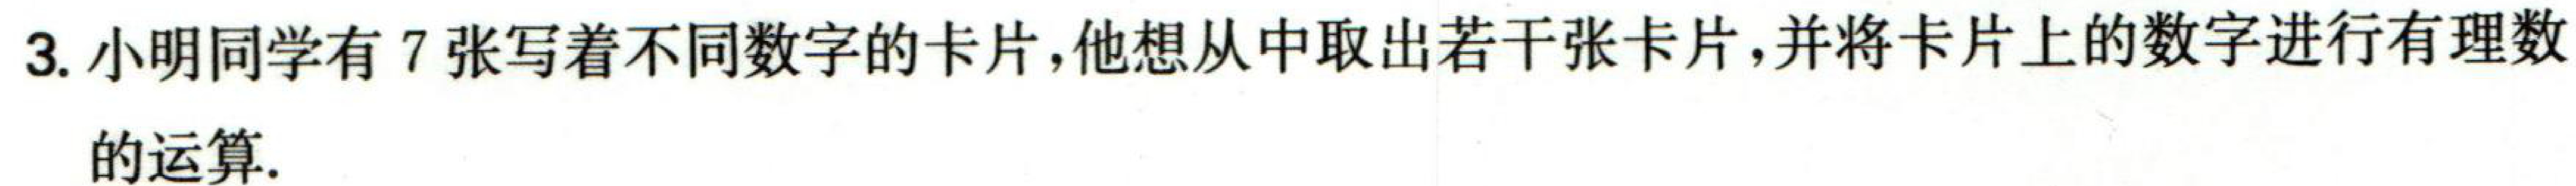
3. 小明同学有\(7\)张写着不同数字的卡片，他想从中取出若干张卡片，并将卡片上的数字进行有理数的运算.